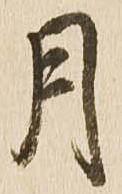
月